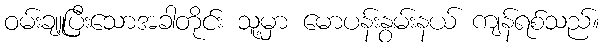
ဝမ်းချူပြီးသောအခါတိုင်း သူ့မှာ မောပန်းနွမ်းနယ် ကျန်ရစ်သည်။